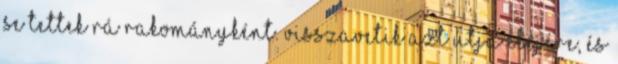
se tettek rá rakományként. Visszavetik azt útja elejére, és